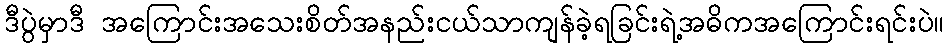
ဒီပွဲမှာဒီ အကြောင်းအသေးစိတ်အနည်းငယ်သာကျန်ခဲ့ရခြင်းရဲ့အဓိကအကြောင်းရင်းပဲ။